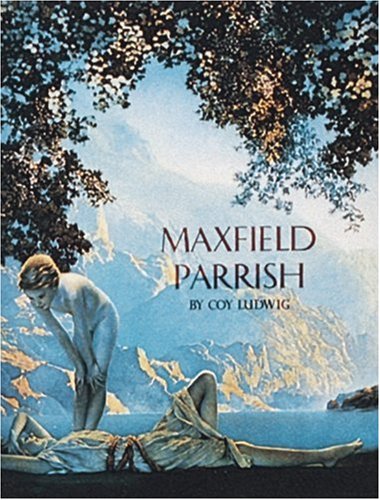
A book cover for Maxfield Parrish; Coy Ludwig; Crafts, Hobbies & Home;